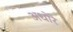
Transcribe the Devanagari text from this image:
अधोरे